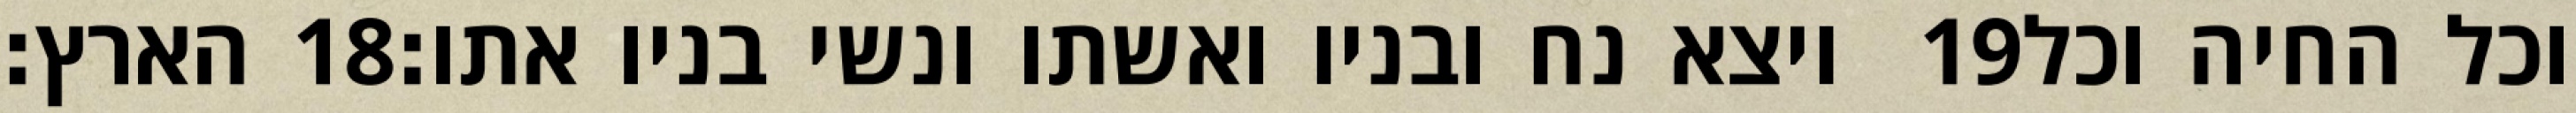
הארץ׃ ‎18‏ ויצא נח ובניו ואשתו ונשי בניו אתו׃ ‎19‏ וכל החיה וכל